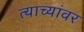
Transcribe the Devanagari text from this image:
त्याच्यांवर